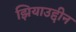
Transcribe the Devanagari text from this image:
झियाउद्दीन